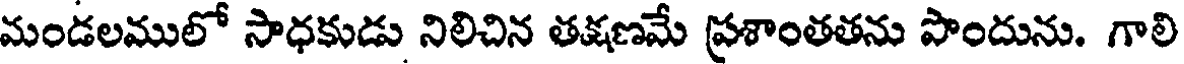
మండలములో సాధకుడు నిలిచిన తక్షణమే ప్రశాంతతను పొందును. గాలి